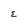
Character: E